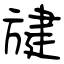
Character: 旔